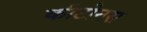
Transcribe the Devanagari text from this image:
कीटोनस